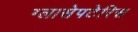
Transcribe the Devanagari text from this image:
ग्लासेपटेरिस